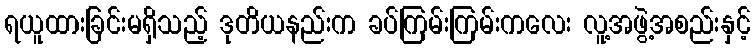
ရယူထားခြင်းမရှိသည့် ဒုတိယနည်းက ခပ်ကြမ်းကြမ်းကလေး လူ့အဖွဲ့အစည်းနှင့်